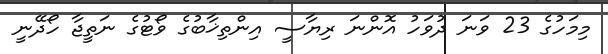
މިމަހުގެ 23 ވަނަ ދުވަހު އޮންނަ ރިޔާސީ އިންތިޚާބުގެ ވޯޓުގެ ނަތީޖާ ހޯދޭނީ